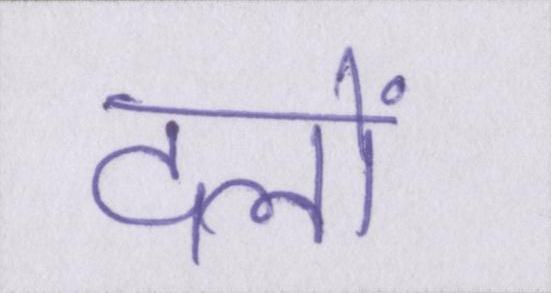
दलों